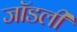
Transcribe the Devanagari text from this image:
जॉडली